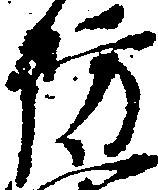
防